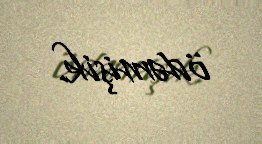
ödəmişik.